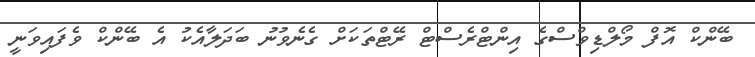
ބޭންކް އޮފް މޯލްޑިވްސްގެ އިންޓްރެސްޓް ރޭޓްތަކަށް ގެނެވުނު ބަދަލާއެކު އެ ބޭންކް ވެފައިވަނީ